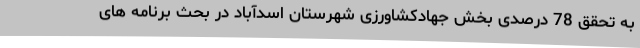
به تحقق 78 درصدی بخش جهادکشاورزی شهرستان اسدآباد در بحث برنامه های